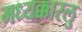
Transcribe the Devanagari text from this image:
मध्यक्कारलु